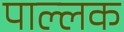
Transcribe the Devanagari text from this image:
पाल्लक